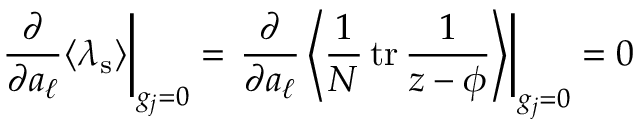
\left. \frac { \partial } { \partial a _ { \ell } } \langle \lambda _ { \mathrm { s } } \rangle \right| _ { g _ { j } = 0 } = \left. \frac { \partial } { \partial a _ { \ell } } \left\langle \frac 1 N \, \mathrm { t r } \, \frac { 1 } { z - \phi } \right\rangle \right| _ { g _ { j } = 0 } = 0